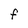
Character: F